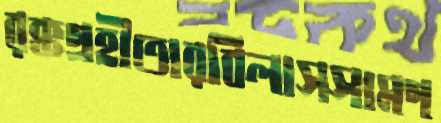
রক্তগ্রহীতারবিলাসসামগ